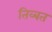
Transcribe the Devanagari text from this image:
तिव्बत